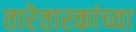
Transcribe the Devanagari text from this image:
तारेतारकांच्या